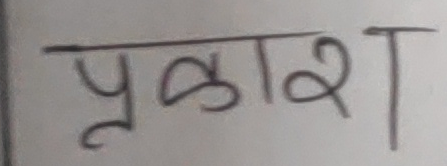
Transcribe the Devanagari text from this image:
प्रकाश